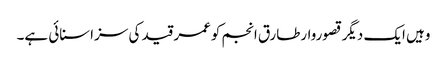
وہیں ایک دیگر قصوروارطارق انجم کوعمر قید کی سزاسنائی ہے۔